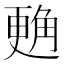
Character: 𲁜